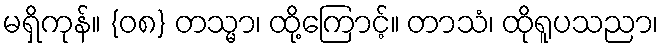
မရှိကုန်။ {၀၈} တသ္မာ၊ ထို့ကြောင့်။ တာသံ၊ ထိုရူပသညာ၊